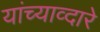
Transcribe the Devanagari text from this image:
यांच्याव्दारे